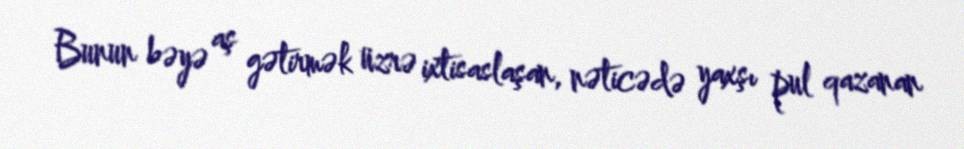
Bunun bəyə aş gətirmək üzrə ixtisaslaşan, nəticədə yaxşı pul qazanan